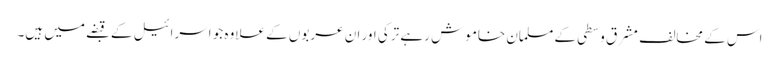
اس کے مخالف مشرق وسطی کے مسلمان خاموش رہے ترکی اور ان عربوں کے علاوہ جو اسرائیل کے قبضے میں ہیں۔